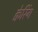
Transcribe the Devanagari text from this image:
क्वेरिंग